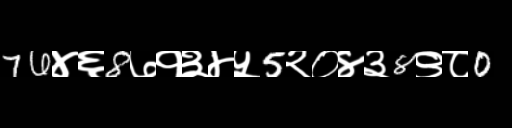
Text: 76४६8७१३४५5२०४३8९८0